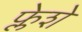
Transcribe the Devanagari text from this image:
फ्लेशे